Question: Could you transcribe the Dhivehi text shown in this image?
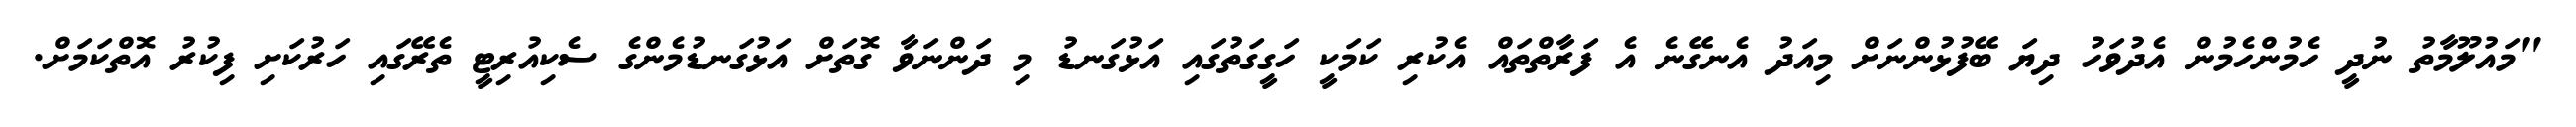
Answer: "މައުލޫމާތު ނުދީ ހެމުންހެމުން އެދުވަހު ދިޔަ ބޭފުޅުންނަށް މިއަދު އެނގޭނެ އެ ފަރާތްތައް އެކުރި ކަމަކީ ހަގީގަތުގައި އަޅުގަނޑު މި ދަންނަވާ ގޮތަށް އަޅުގަނޑުމެންގެ ސެކިއުރިޓީ ތެރޭގައި ހަރުކަށި ފިކުރު އޮތްކަމަށް.